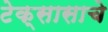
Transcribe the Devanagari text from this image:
टेक्सासाचे